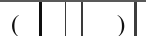
(        )